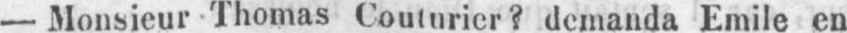
- Monsieur Thomas Couturier? demanda Emile en